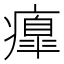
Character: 𤺃